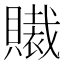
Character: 𧸄